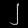
Digit: ၂